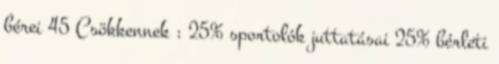
bérei 45 Csökkennek : 25% sportolók juttatásai 25% bérleti